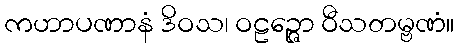
ကဟာပဏာနံ ဒိဝသ၊ ဝဠဉ္ဇော ဝီသတမ္ဗဏံ။